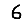
Digit: 6